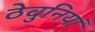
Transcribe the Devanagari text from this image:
ठेवुनियां